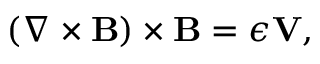
\begin{array} { r } { \left( \nabla \times { \mathbf B } \right) \times { \mathbf B } = \epsilon { \mathbf V } , } \end{array}